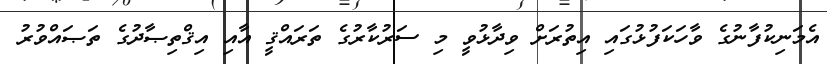
އެމަނިކުފާނުގެ ވާހަކަފުޅުގައި އިތުރަށް ވިދާޅުވީ މި ސަރުކާރުގެ ތަރައްޤީ އާއި އިޤްތިޞާދުގެ ތަޞައްވުރު